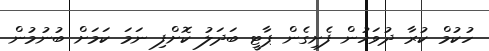
ހުކުމް ކުރާ ދުވަހުން ފެށިގެން ޕާޓީ ބަދަލު ކޮށްފި ނަމަ ކަމަށް ބުނުމުން